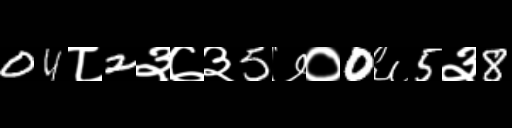
Text: 04८2३७३5७०0६5३8